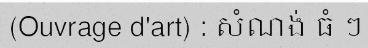
(Ouvrage d'art) : សំណង់ ធំ ៗ